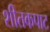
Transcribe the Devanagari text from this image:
शीतकपाट